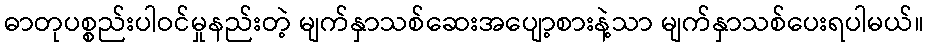
ဓာတုပစ္စည်းပါဝင်မှုနည်းတဲ့ မျက်နှာသစ်ဆေးအပျော့စားနဲ့သာ မျက်နှာသစ်ပေးရပါမယ်။